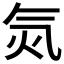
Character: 𣱛